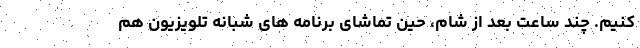
کنیم. چند ساعت بعد از شام، حین تماشای برنامه های شبانه تلویزیون هم